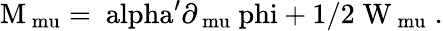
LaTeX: \mathrm{M_{\ mu}=\ alpha^{\prime}\partial_{\ mu}\ phi+1/2\; W_{\ mu}\; .}